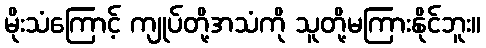
မိုးသံကြောင့် ကျုပ်တို့အသံကို သူတို့မကြားနိုင်ဘူး။